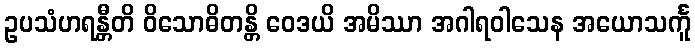
ဥပသံဟရန္တီတိ ဝိသောဓိတန္တိ ဝေဒယိ အမိဿာ အဂါရဝါသေန အယောသင်္ကူ